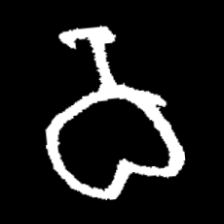
Pyu character \u2014 Myanmar letter: ဝ (romanized: wa)